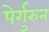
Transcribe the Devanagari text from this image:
पेर्गुरुन